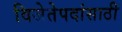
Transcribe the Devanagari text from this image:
विजेतेपदांसाठी